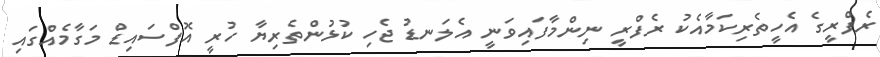
ރެފްރީގެ އެހީތެރިކަމާއެކު ރެފްރީ ނިންމާފައިވަނީ އެލަނޑު ޖެހި ކުޅުންތެރިޔާ ހުރީ އޮފްސައިޑް މަގާމެއްގައި